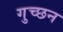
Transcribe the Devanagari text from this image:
गुच्छन